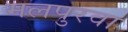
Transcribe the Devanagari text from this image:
मलपुरवा